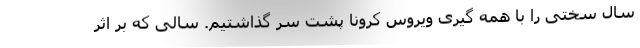
سال سختی را با همه گیری ویروس کرونا پشت سر گذاشتیم. سالی که بر اثر